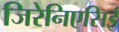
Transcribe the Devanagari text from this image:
जिरेनिएसिई